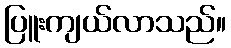
ပြူးကျယ်လာသည်။